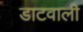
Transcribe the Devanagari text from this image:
डाटवाली